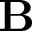
{ \bf B }